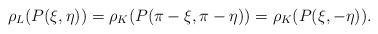
LaTeX: \begin{align*} \rho_{L}(P(\xi,\eta))=\rho_{K}(P(\pi-\xi,\pi-\eta))=\rho_{K}(P(\xi,-\eta)).\end{align*}